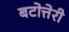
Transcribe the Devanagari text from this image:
बटोत्तेरी